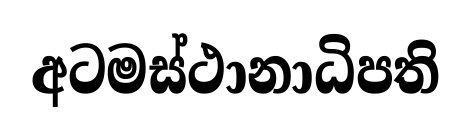
අටමස්ථානාධිපති